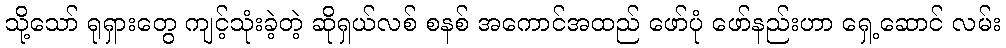
သို့သော် ရုရှားတွေ ကျင့်သုံးခဲ့တဲ့ ဆိုရှယ်လစ် စနစ် အကောင်အထည် ဖော်ပုံ ဖော်နည်းဟာ ရှေ့ဆောင် လမ်း